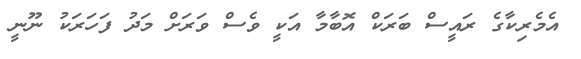
އެމެރިކާގެ ރައީސް ބަރަކް އޮބާމާ އަކީ ވެސް ވަރަށް މަދު ފަހަރަކު ނޫނީ